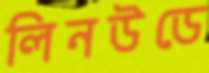
লিনউডে